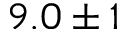
9 . 0 \pm 1